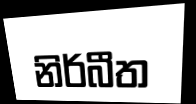
නිර්බීත